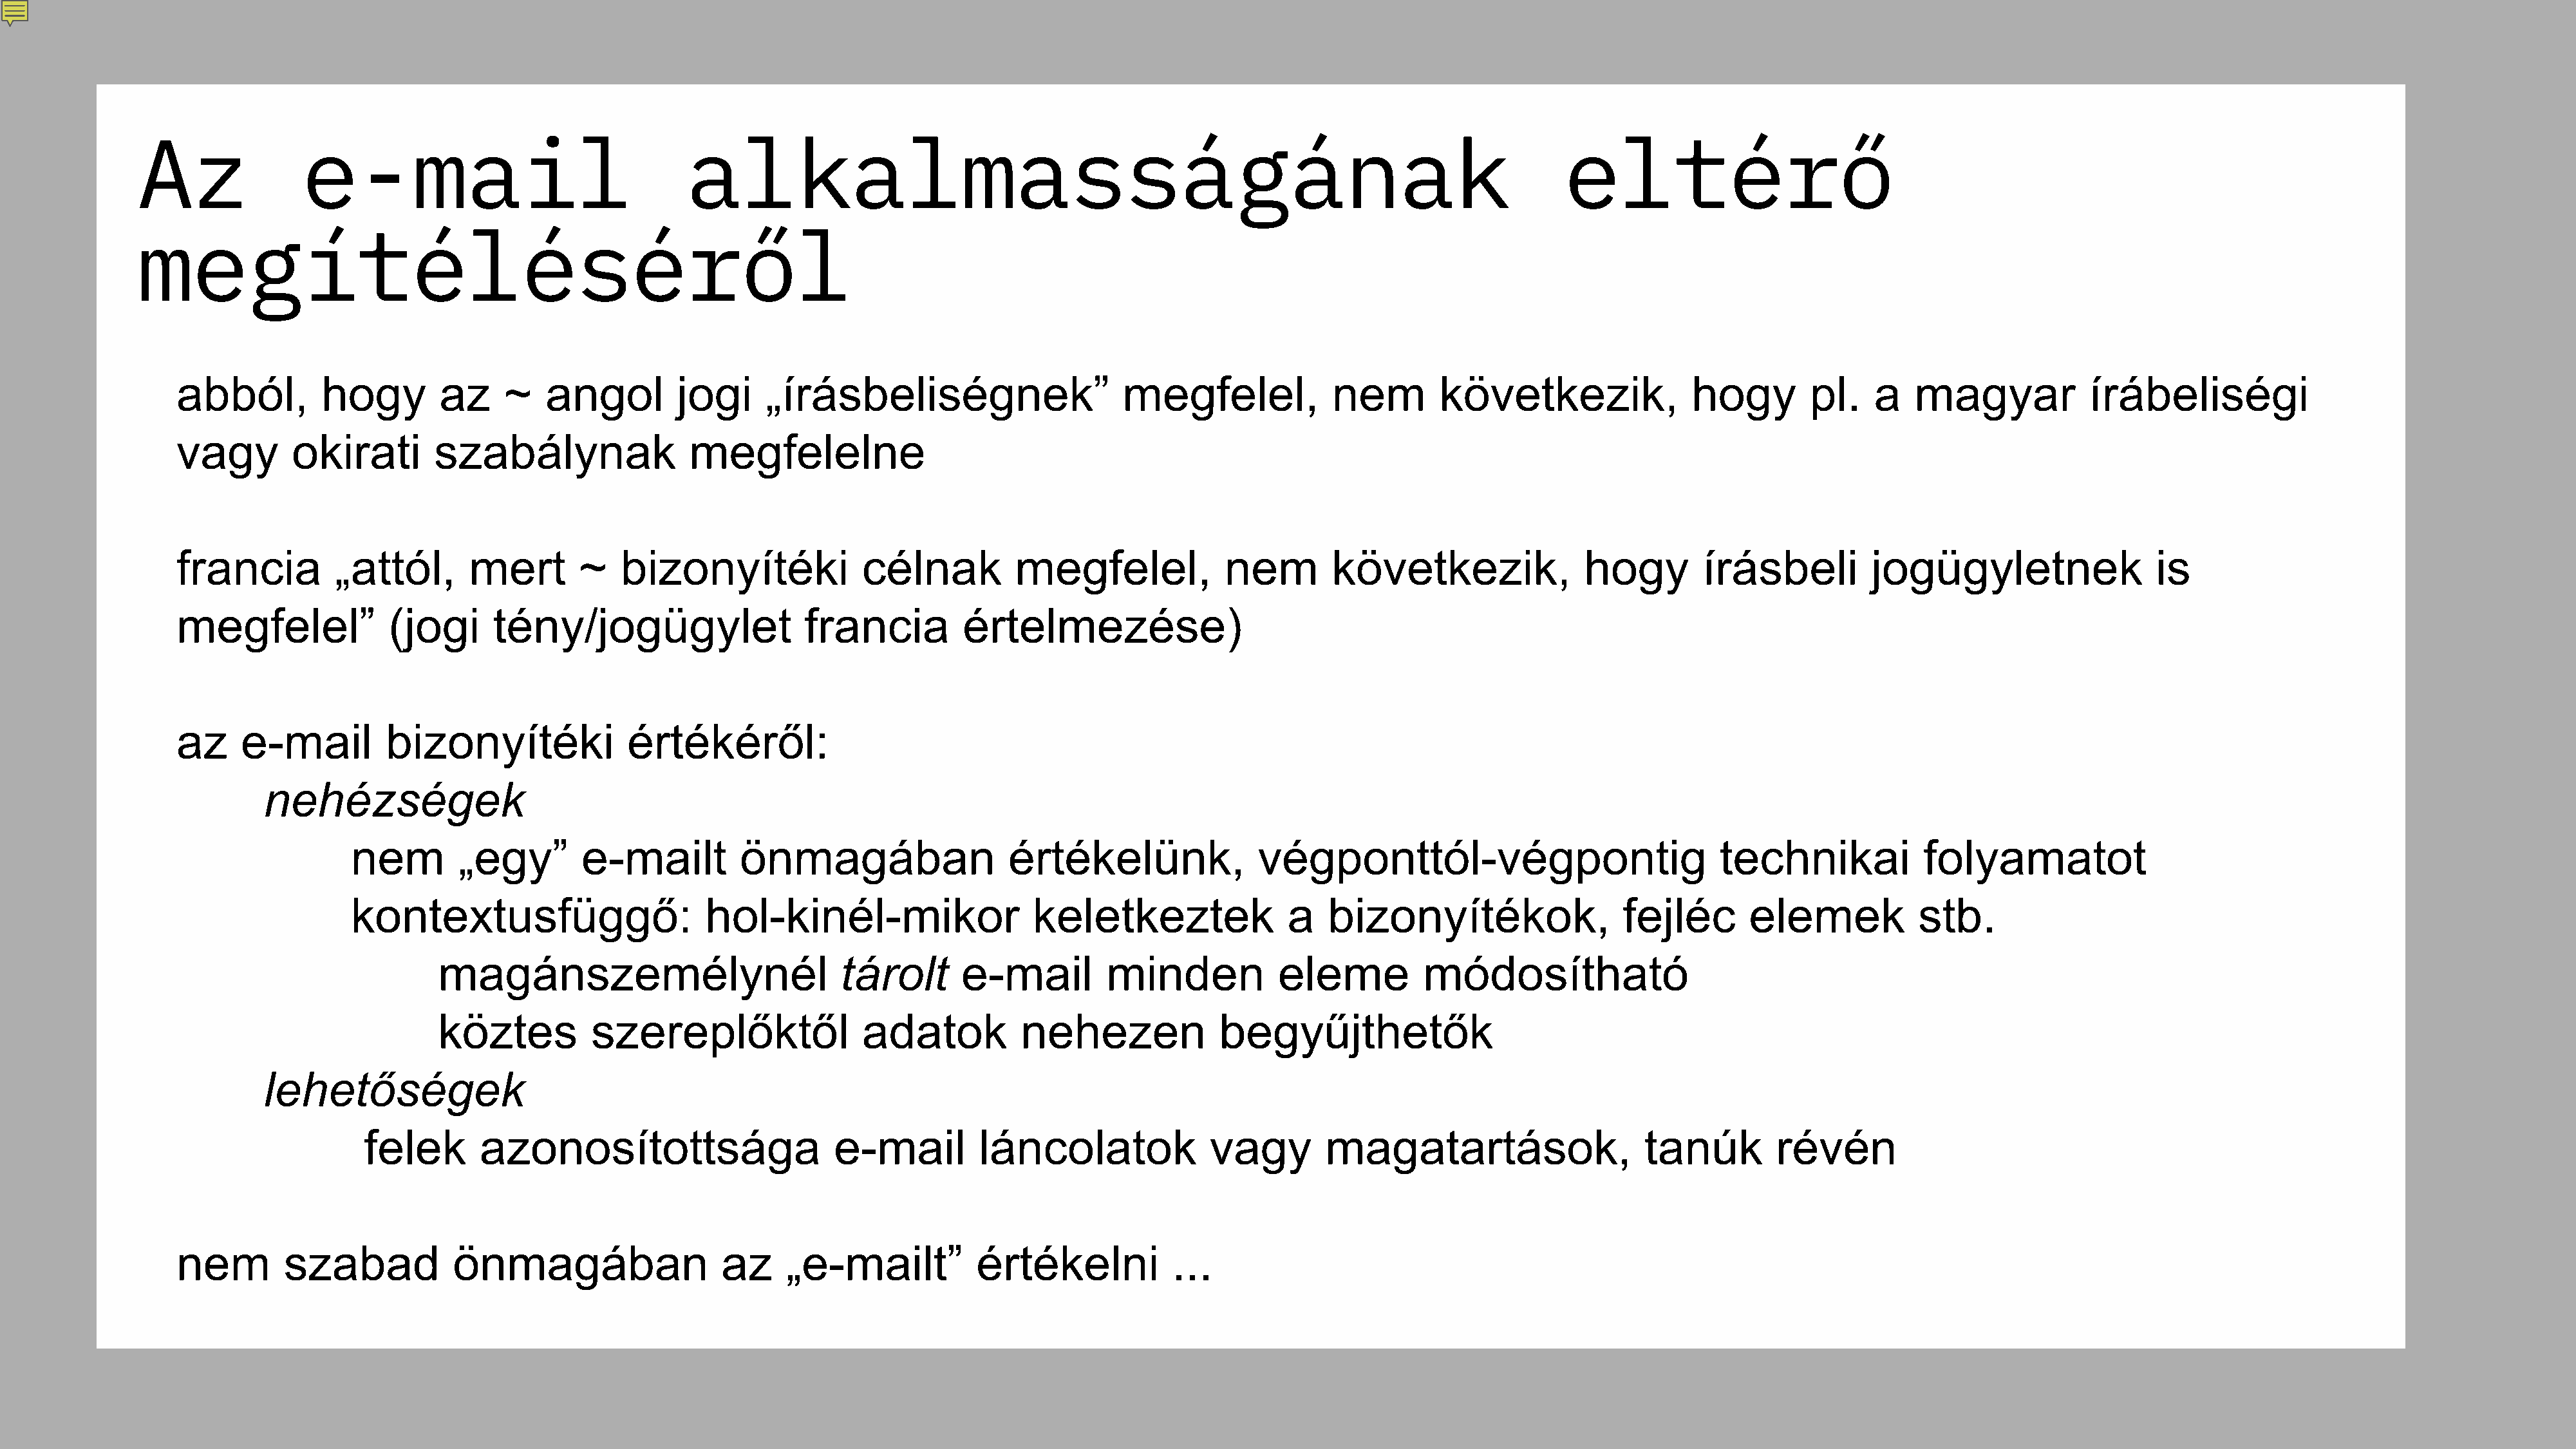
Az               e-mail                                 alkalmasságának                                                                            eltérő
 megítéléséről
 abból,         hogy        az     ~   angol         jogi     „írásbeliségnek”                    megfelel,             nem        következik,               hogy        pl.    a   magyar            írábeliségi
 vagy        okirati        szabálynak                megfelelne
 francia         „attól,       mert        ~   bizonyítéki              célnak         megfelel,             nem        következik,               hogy        írásbeli         jogügyletnek                  is
 megfelel”             (jogi      tény/jogügylet                  francia         értelmezése)
 az     e-mail         bizonyítéki             értékéről:
 nehézségek
 nem        „egy”        e-mailt         önmagában                   értékelünk,              végponttól-végpontig                            technikai            folyamatot
 kontextusfüggő:                     hol-kinél-mikor                   keletkeztek               a   bizonyítékok,                  fejléc       elemek           stb.
 magánszemélynél                          tárolt       e-mail         minden           eleme          módosítható
 köztes          szereplőktől                adatok          nehezen             begyűjthetők
 lehetőségek
 felek       azonosítottsága                      e-mail         láncolatok             vagy        magatartások,                    tanúk         révén
 nem        szabad            önmagában                  az     „e-mailt”          értékelni           ...